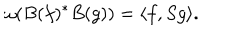
\omega ( B ( f ) ^ { * } B ( g ) ) = \langle f , S g \rangle .